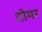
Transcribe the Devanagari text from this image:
दोमर